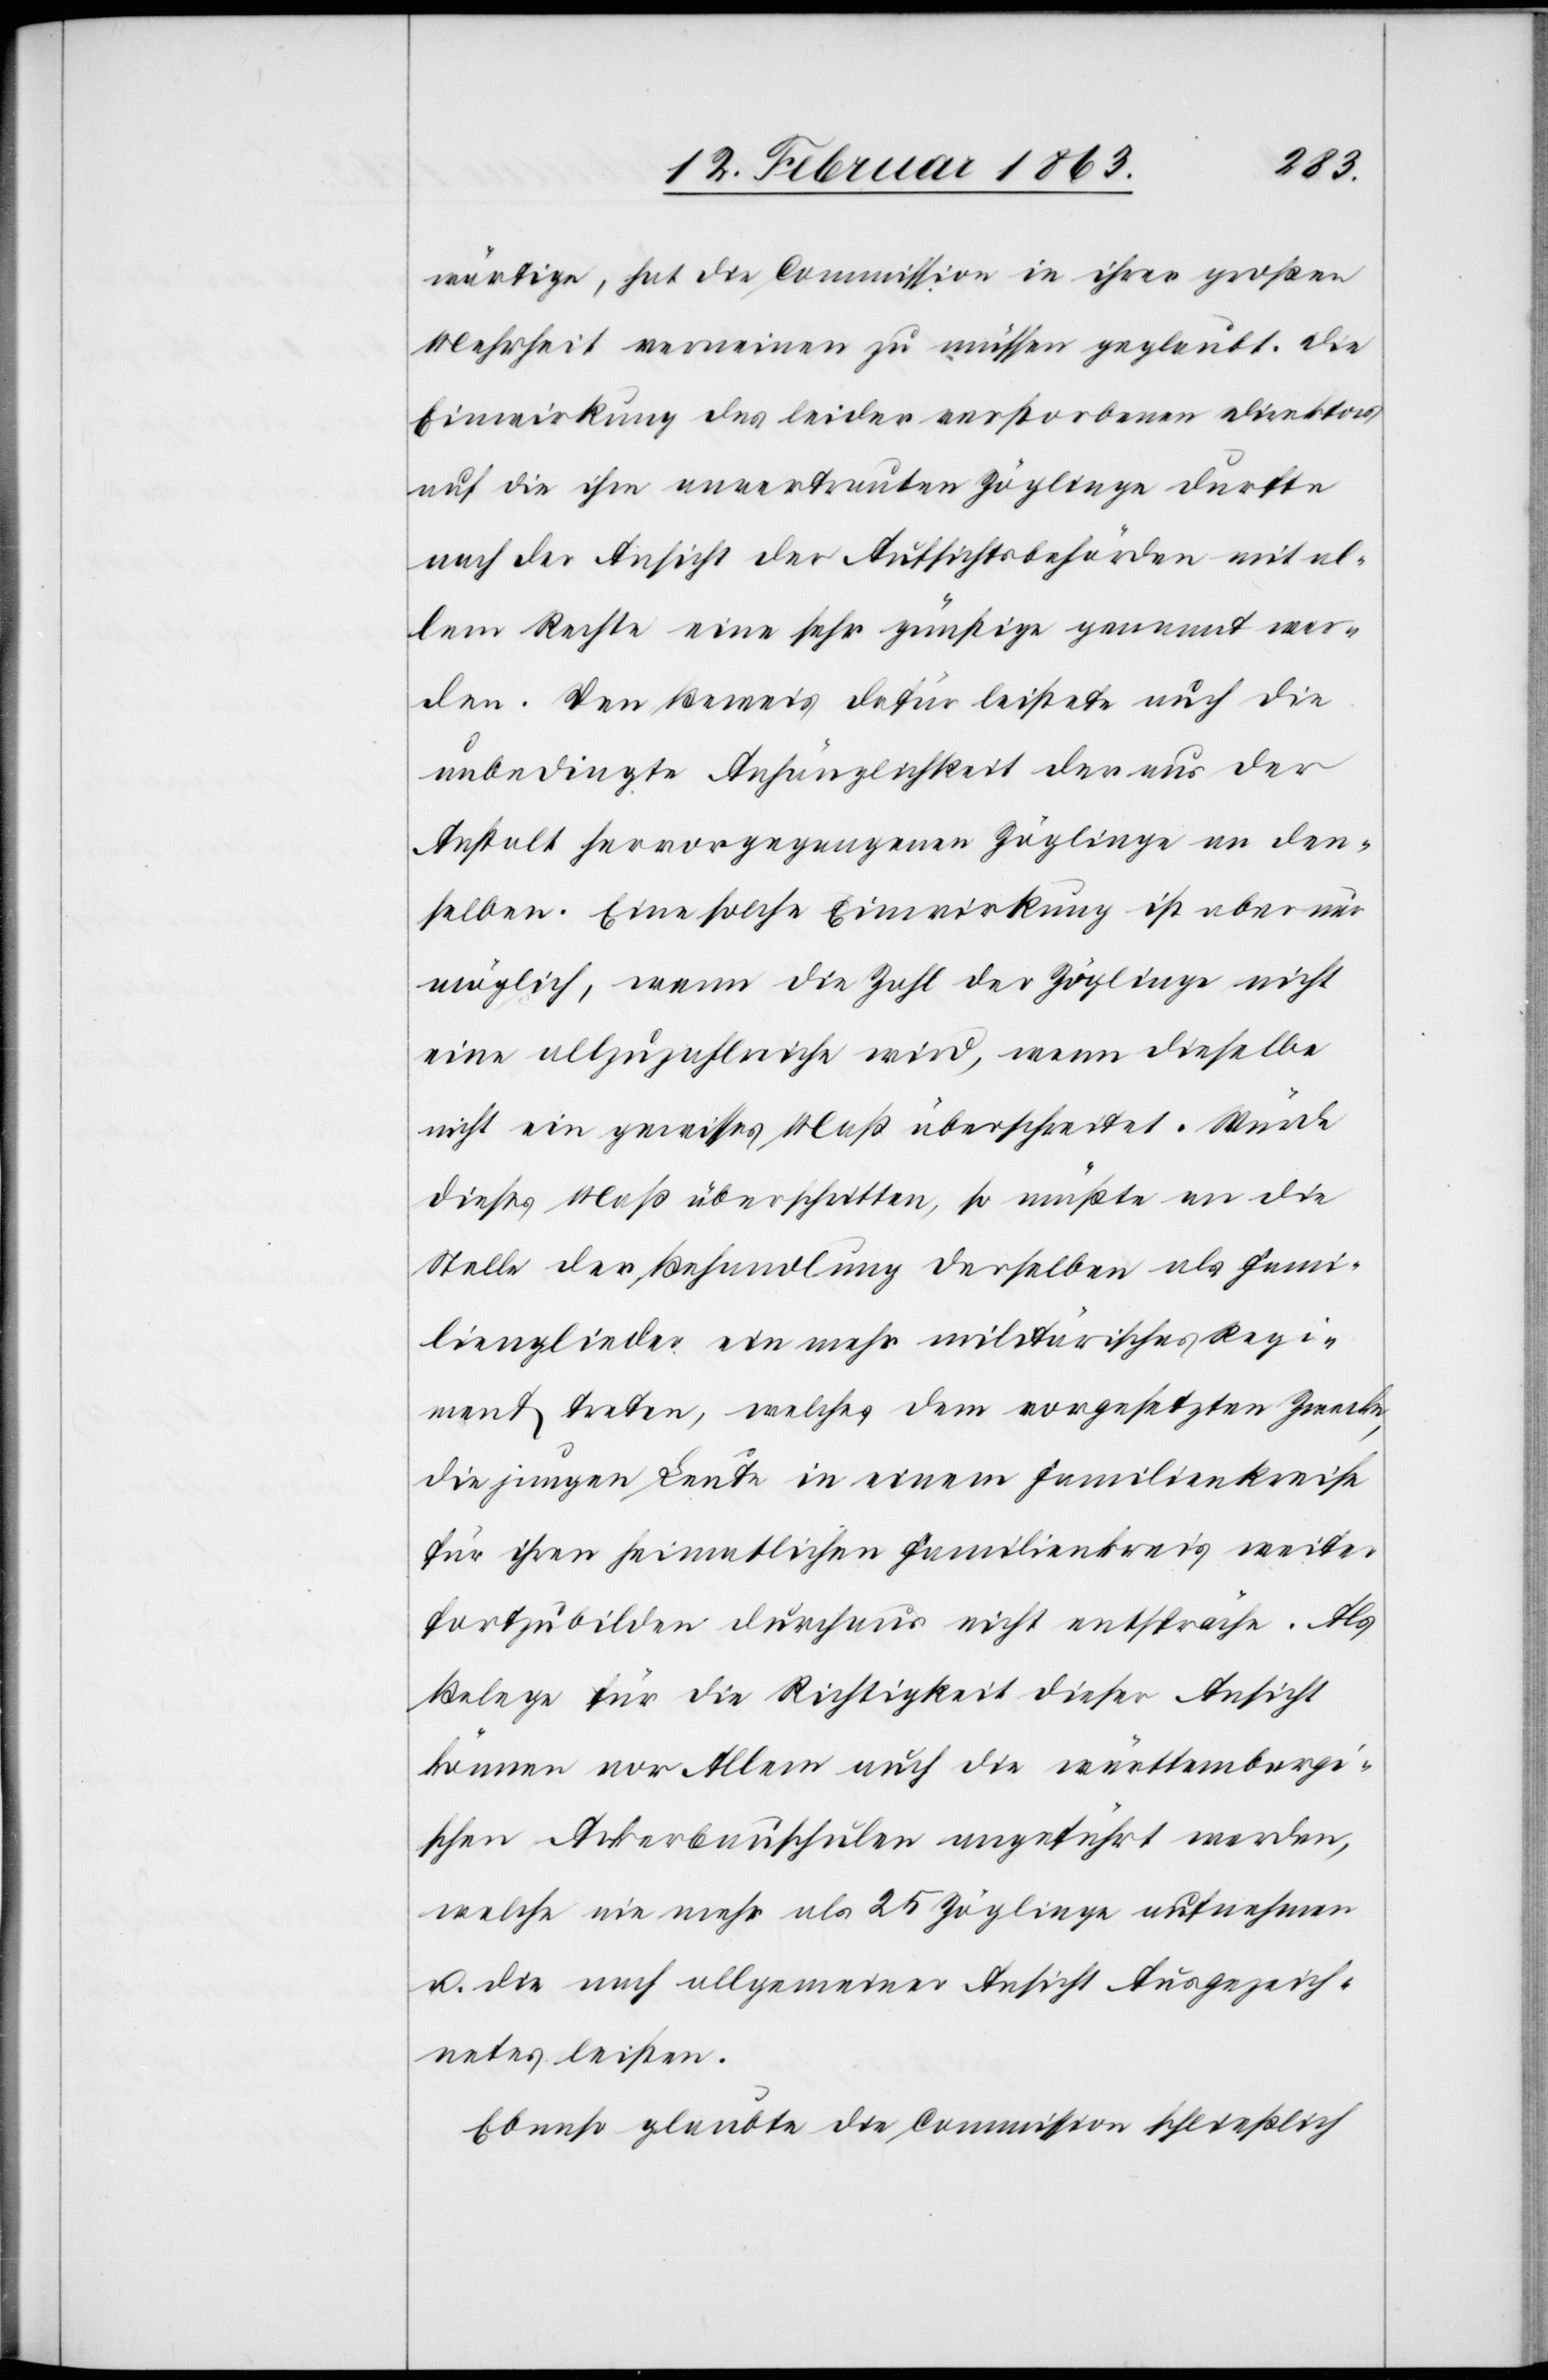
wärtige, hat die Commission in ihrer großen
Mehrheit verneinen zu müssen geglaubt. Die
Einwirkung des leider verstorbenen Direktors
auf die ihm anvertrauten Zöglinge durfte
nach der Ansicht der Aufsichtsbehörden mit al¬
lem Rechte eine sehr günstige genannt wer¬
den. Den Beweis dafür leistete auch die
unbedingte Anhänglichkeit der aus der
Anstalt hervorgegangenen Zöglinge an den¬
selben. Eine solche Einwirkung ist aber nur
möglich, wenn die Zahl der Zöglinge nicht
eine allzuzahlreiche wird, wenn dieselbe
nicht ein gewisses Maß überschreite. Würde
dieses Maß überschritten, so müßte an die
Stelle der Behandlung derselben als Fami¬
lienglieder ein mehr militärisches Regi¬
ment treten, welches dem vorgesetzten Zwecke
die jungen Leute in einem Familienkreise
für ihren heimatlichen Familienkreis weiter
fortzubilden durchaus nicht entspräche. Als
Belege für die Richtigkeit dieser Ansicht
könnten vor Allem auch die württembergi¬
schen Ackerbauschulen angeführt werden,
welche nie mehr als 25 Zöglinge aufnehmen
u. die nach allgemeiner Ansicht Ausgezeich¬
netes leisten.
Ebenso glaubte die Commission schließlich